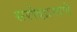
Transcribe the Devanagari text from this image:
सरोदप्रमाणे